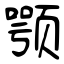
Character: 颚